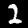
Digit: 2